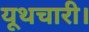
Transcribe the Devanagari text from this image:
यूथचारी।